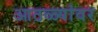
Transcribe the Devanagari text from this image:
आठळ्यांवर